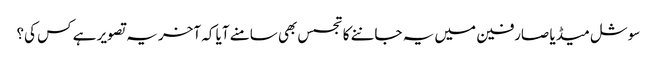
سوشل میڈیا صارفین میں یہ جاننے کا تجسس بھی سامنے آیا کہ آخر یہ تصویر ہے کس کی؟